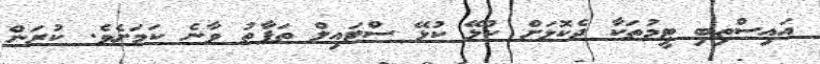
އައިސްތިބި ޓީމުތަކާ ދެކޮޅަށް ކުޅޭ ކުޅޭ ސްޓައިލް ތަފާތު ވާނެ ކަމަށެވެ. ކުރަން